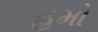
હમો